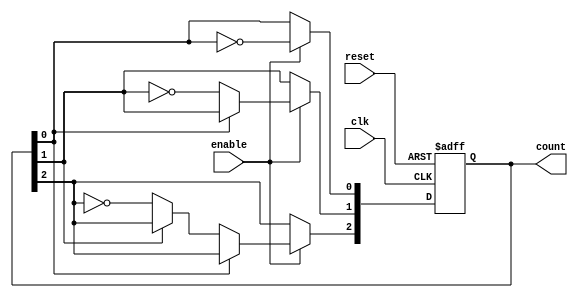
module async_ripple_counter (
    input wire clk,          // Clock signal (not used in traditional sense)
    input wire reset,        // Asynchronous reset signal
    input wire enable,       // Enable signal for counting
    output reg [n-1:0] count // n-bit counter output
);
    parameter n = 3; // Number of bits in the counter (can be changed)

    // Flip-flops for each bit of the counter
    always @(posedge clk or posedge reset) begin
        if (reset) begin
            count <= 0; // Reset the counter to 0
        end else if (enable) begin
            count[0] <= ~count[0]; // Toggle the least significant bit
            if (count[0] == 1'b0) begin // If LSB transitions from 1 to 0
                count[1] <= ~count[1]; // Toggle the next bit
                if (count[1] == 1'b0) begin // If second bit transitions from 1 to 0
                    count[2] <= ~count[2]; // Toggle the third bit
                    // Add more bits as needed for larger counters
                end
            end
        end
    end
endmodule